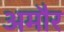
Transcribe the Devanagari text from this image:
अमौर